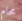
محام